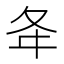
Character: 夅